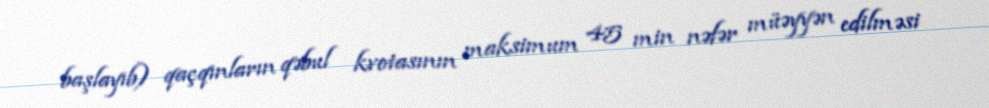
başlayıb) qaçqınların qəbul kvotasının maksimum 45 min nəfər müəyyən edilməsi